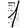
Digit: 1